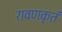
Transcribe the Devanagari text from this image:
रावणकृतं